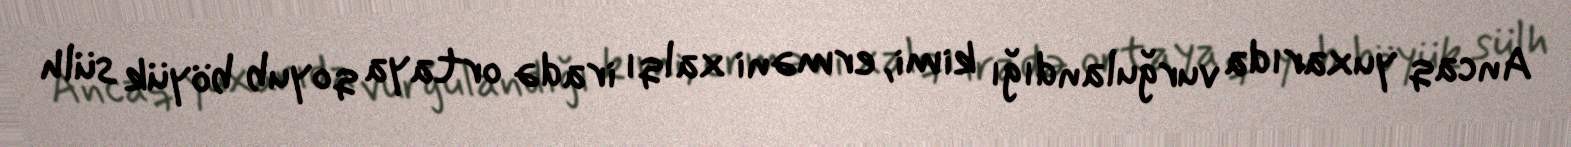
Ancaq yuxarıda vurğulandığı kimi, erməni xalqı iradə ortaya qoyub böyük sülh